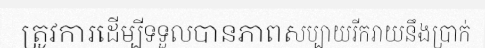
ត្រូវការដើម្បីទទួលបានភាពសប្បាយរីករាយនឹងប្រាក់